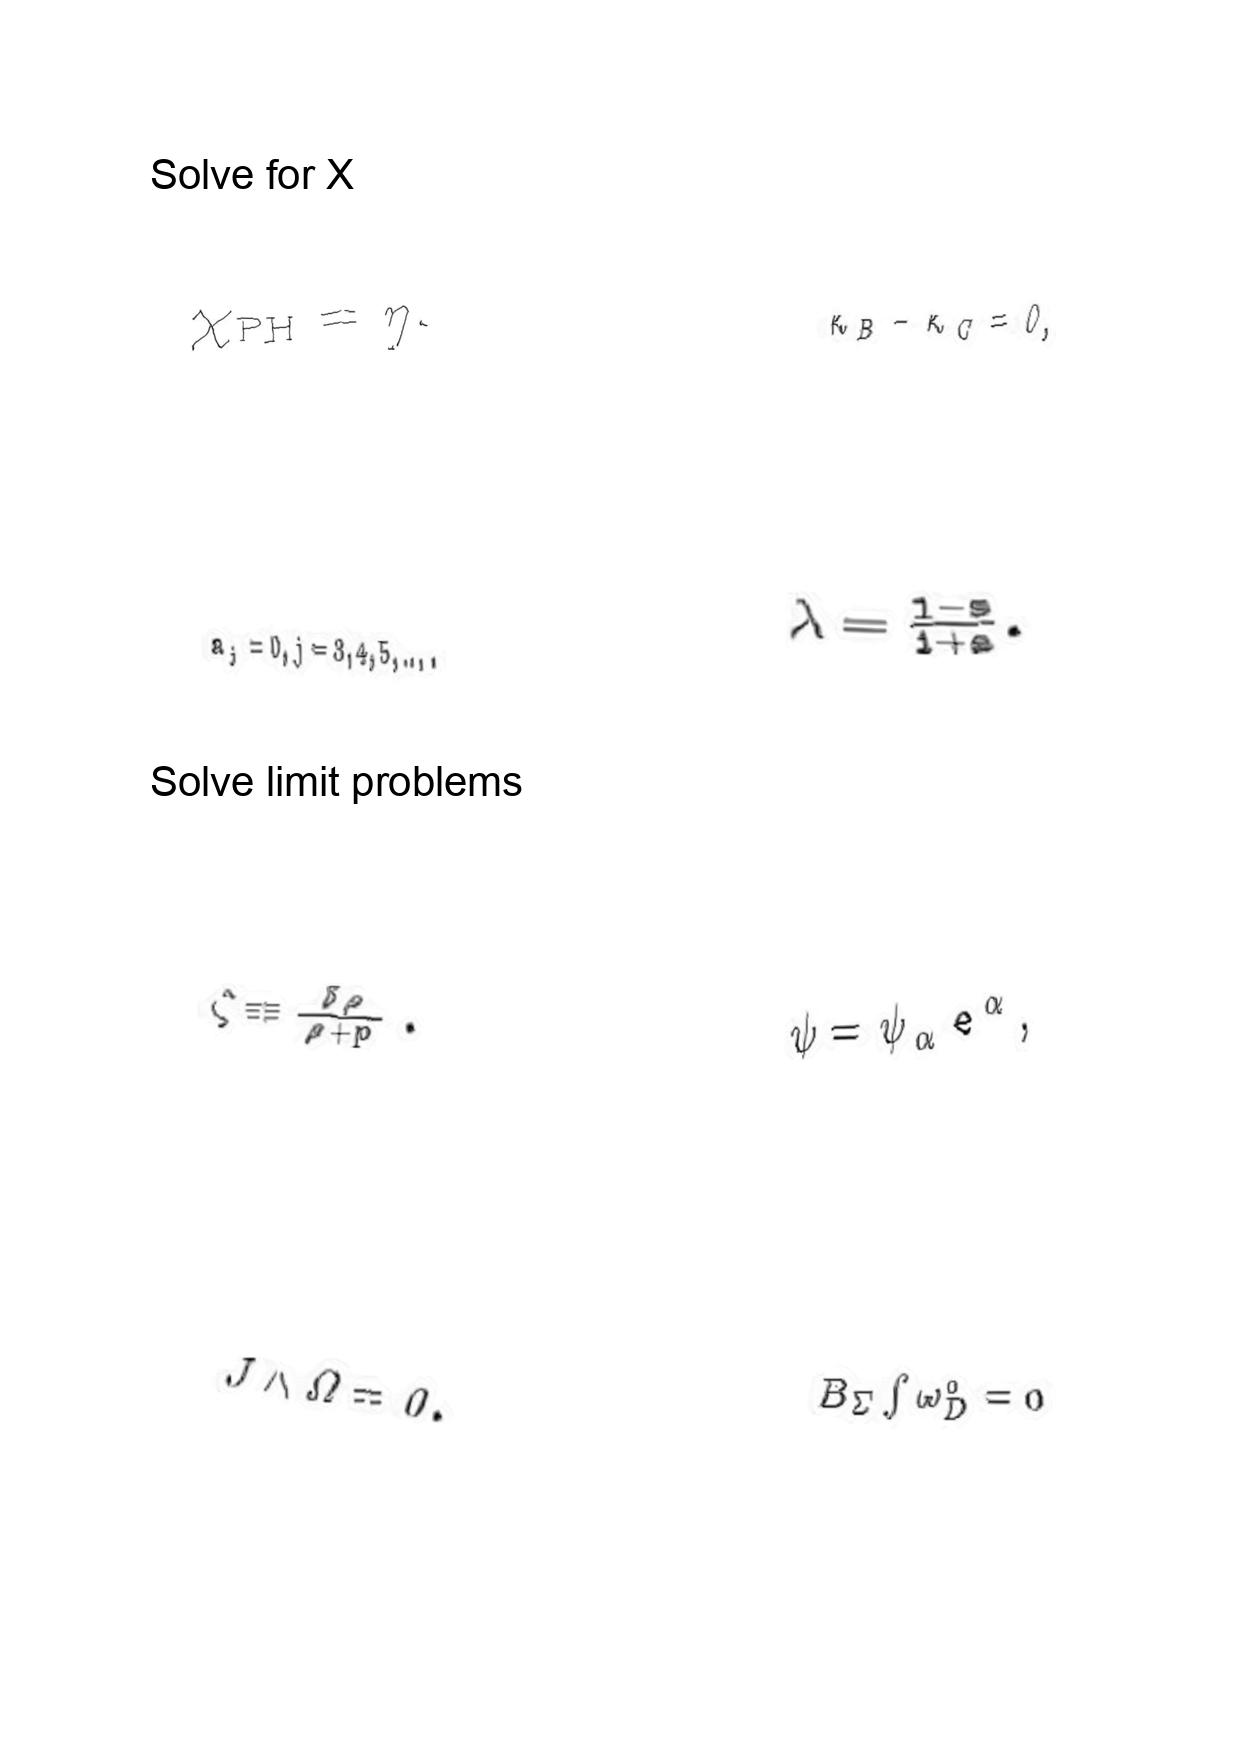
LaTeX transcription:
\chi _ { \mathrm { P H } } = \eta .
a _ { j } = 0 , j = 3 , 4 , 5 , \ldots .
\zeta \equiv \frac { \delta \rho } { \rho + p } .
J \wedge \Omega = 0 .
\kappa _ { B } - \kappa _ { C } = 0 ,
\lambda = \frac { 1 - s } { 1 + s } .
\psi = \psi _ { \alpha } e ^ { \alpha } ,
B _ { \Sigma } \int \omega _ { D } ^ { 0 } = 0